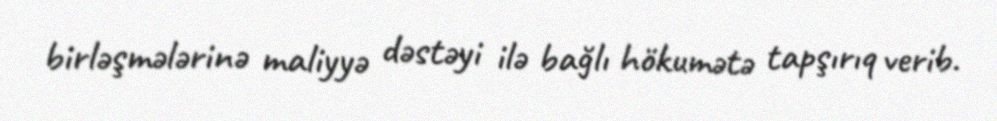
birləşmələrinə maliyyə dəstəyi ilə bağlı hökumətə tapşırıq verib.